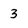
Character: 3